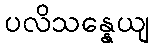
ပလိသန္နေယျ